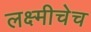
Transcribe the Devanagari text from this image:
लक्ष्मीचेच